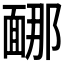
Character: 𩈩